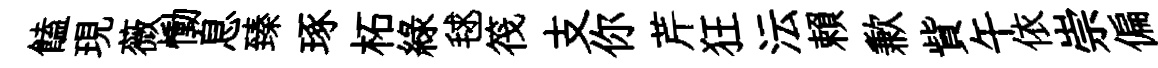
饁現薇慟息臻琢柘綠毬筏支你芹狂沄賴歉貲午依崇偏